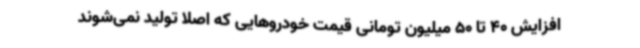
افزایش 40 تا 50 میلیون تومانی قیمت خودروهایی که اصلا تولید نمی‌شوند